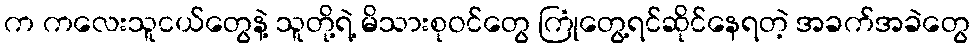
က ကလေးသူငယ်တွေနဲ့ သူတို့ရဲ့ မိသားစုဝင်တွေ ကြုံတွေ့ရင်ဆိုင်နေရတဲ့ အခက်အခဲတွေ